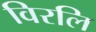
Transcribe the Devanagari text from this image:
विरलि